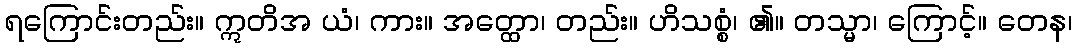
ရကြောင်းတည်း။ ဣတိအ ယံ၊ ကား။ အတ္ထော၊ တည်း။ ဟိသစ္စံ၊ ၏။ တသ္မာ၊ ကြောင့်။ တေန၊